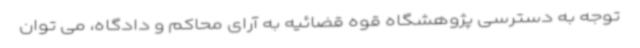
توجه به دسترسی پژوهشگاه قوه قضائیه به آرای محاکم و دادگاه، می توان